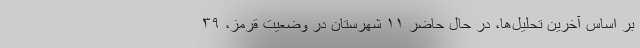
بر اساس آخرین تحلیل‌ها، در حال حاضر ۱۱ شهرستان در وضعیت قرمز، ۳۹